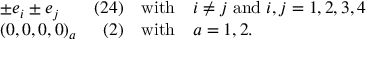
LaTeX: \begin{array} { l r c l } { { \pm e _ { i } \pm e _ { j } } } & { { ( 2 4 ) } } & { { \mathrm { w i t h } } } & { { i \neq j \; \mathrm { a n d } \; i , j = 1 , 2 , 3 , 4 } } \\ { { ( 0 , 0 , 0 , 0 ) _ { a } } } & { { ( 2 ) } } & { { \mathrm { w i t h } } } & { { a = 1 , 2 . } } \end{array}